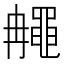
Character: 𪓚